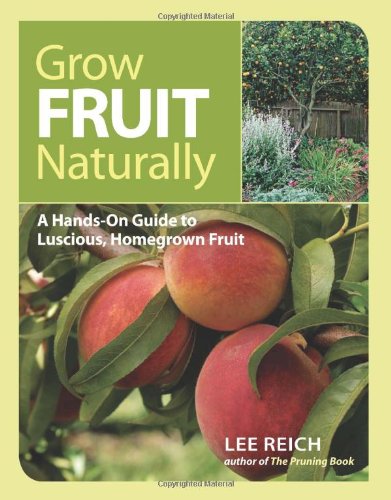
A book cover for Grow Fruit Naturally: A Hands-On Guide to Luscious, Homegrown Fruit; Lee Reich; Crafts, Hobbies & Home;